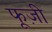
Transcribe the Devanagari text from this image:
फूज़ी